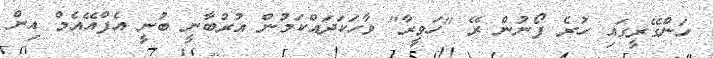
ހަންގޭރީގައި ހުރެ ފޯނުން ރޭ "ހަވީރާ" ވާހަކަދައްކަމުން އުރުބާނީ ބުނީ އެފްއޭއެމް އިން